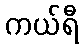
ကယ်ရီ